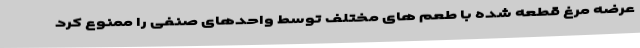
عرضه مرغ قطعه شده با طعم های مختلف توسط واحدهای صنفی را ممنوع کرد